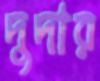
দুদার